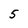
Character: 5